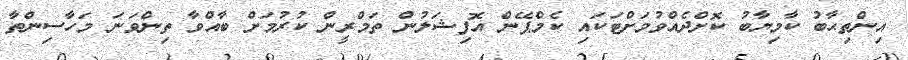
އިންތިޙާބު ކާމިޔާބު ކޮށްދެއްވުމަށްޓަކައި ކެމްޕޭން އޮފިޝަލުން ތަމްރީން ކުރުމަށް ބާއްވާ ތިންވަނަ މަހާސިންތާ